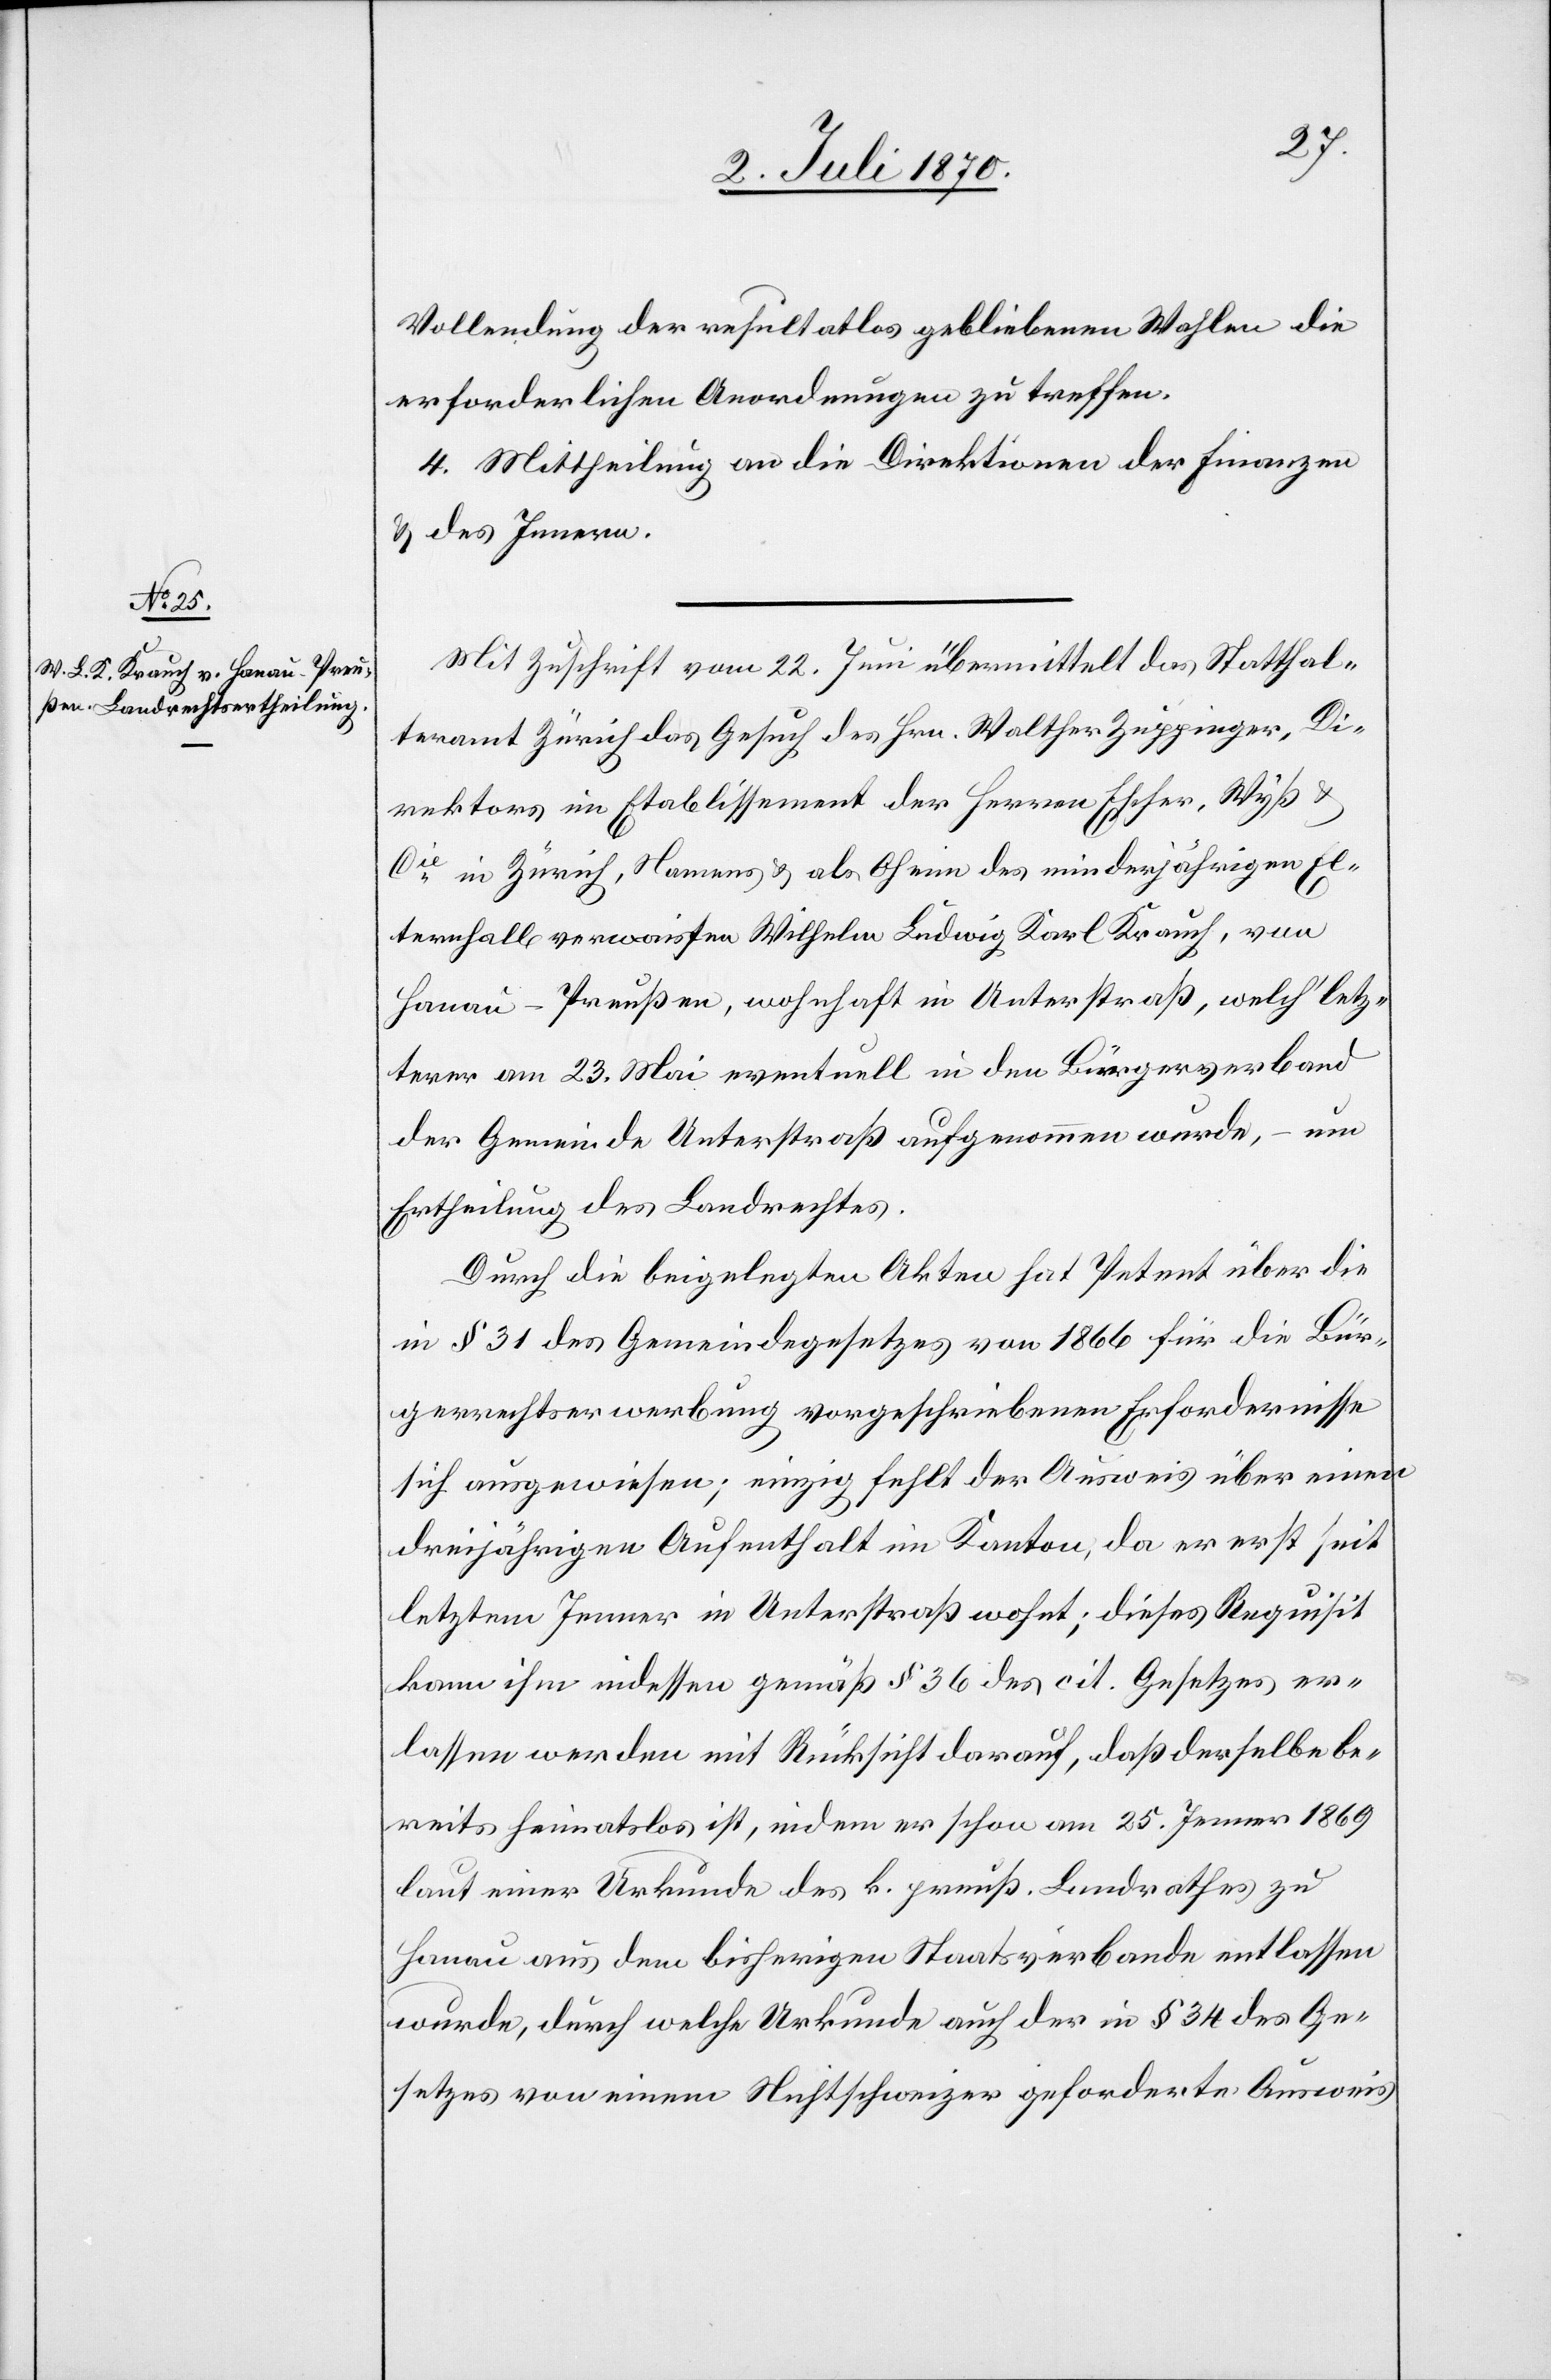
Vollendung der resultatlos gebliebenen Wahlen die
erforderlichen Anordnungen zu treffen.
4. Mittheilung an die Direktionen der Finanzen
& des Innern.
Mit Zuschrift vom 22. Juni übermittelt das Statthal¬
teramt Zürich das Gesuch des Hrn. Walter Zuppinger, Di¬
rektors im Etablissement der Herren Escher, Wyß &
Cie in Zürich, Namens & als Oheim des minderjährigen El¬
ternhalb [sic!] verwaisten Wilhelm Ludwig Karl Krauch, von
Hanau - Preußen, wohnhaft in Unterstraß, welch’ letz¬
terer am 23. Mai eventuell in den Bürgerverband
der Gemeinde Unterstraß aufgenommen wurde, – um
Ertheilung des Landrechtes.
Durch die beigelegten Akten hat Petent über die
in § 31 des Gemeindegesetzes von 1866 für die Bür¬
gerrechtserwerbung vorgeschriebenen Erfordernisse
sich ausgewiesen; einzig fehlt der Ausweis über einen
dreijährigen Aufenthalt im Kanton, da er erst seit
letztem Jenner in Unterstraß wohnt; dieses Requisit
kann ihm indessen gemäß § 36 des cit. Gesetzes er¬
lassen werden mit Rücksicht darauf, daß derselbe be¬
reits heimatlos ist, indem er schon am 25. Jenner 1869
laut einer Urkunde des k. preuß. Landrathes zu
Hanau aus dem bisherigen Staatsverbande entlassen
wurde, durch welche Urkunde auch der in § 34 des Ge¬
setzes von einem Nichtschweizer geforderte Ausweis